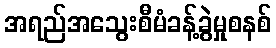
အရည်အသွေးစီမံခန့်ခွဲမှုစနစ်